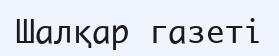
Шалқар газеті